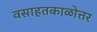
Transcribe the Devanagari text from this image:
वसाहतकाळोत्तर